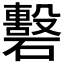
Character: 𥖳